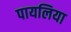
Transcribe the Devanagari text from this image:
पायलिया